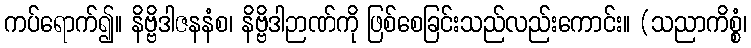
ကပ်ရောက်၍။ နိဗ္ဗိဒါဇနနံစ၊ နိဗ္ဗိဒါဉာဏ်ကို ဖြစ်စေခြင်းသည်လည်းကောင်း။ (သညာကိစ္စံ၊